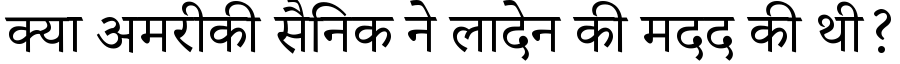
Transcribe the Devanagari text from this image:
क्या अमरीकी सैनिक ने लादेन की मदद की थी?